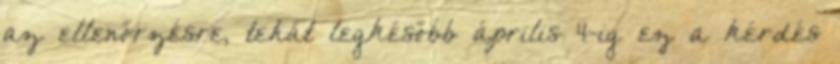
az ellenőrzésre, tehát legkésőbb április 4-ig ez a kérdés